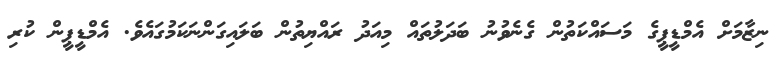
ނިޒާމަށް އެމްޑީޕީގެ މަސައްކަތުން ގެނެވުނު ބަދަލުތައް މިއަދު ރައްޔިތުން ބަލައިގަންނަކަމުގައެވެ. އެމްޑީޕީން ކުރި